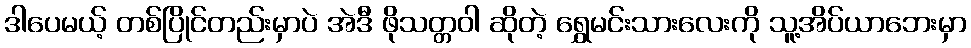
ဒါပေမယ့် တစ်ပြိုင်တည်းမှာပဲ အဲဒီ ဖိုသတ္တဝါ ဆိုတဲ့ ရွှေမင်းသားလေးကို သူ့အိပ်ယာဘေးမှာ